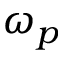
\omega _ { p }